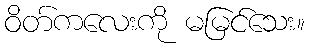
ဝိတ်ကလေးကို မမြင်သေး။